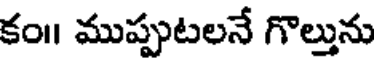
కం॥ ముప్పుటలనే గొల్తును